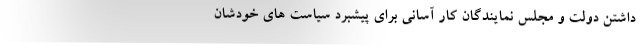
داشتن دولت و مجلس نمایندگان کار آسانی برای پیشبرد سیاست های خودشان